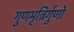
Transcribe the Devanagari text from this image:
गुणभृन्निर्गुणो